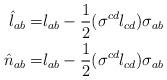
LaTeX: \begin{align*}\hat{l}_{ab}= &l_{ab}-\frac{1}{2}(\sigma^{cd}l_{cd})\sigma_{ab} \\\hat{n}_{ab}=& l_{ab}-\frac{1}{2}(\sigma^{cd}l_{cd})\sigma_{ab}\end{align*}